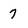
Character: 7